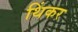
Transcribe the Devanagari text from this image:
थिंकर